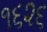
૧૬૨૬